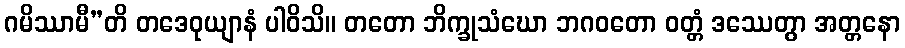
ဂမိဿာမီ”တိ တဒေဝုယျာနံ ပါဝိသိ။ တတော ဘိက္ခုသံဃော ဘဂဝတော ဝတ္တံ ဒဿေတွာ အတ္တနော